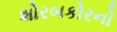
શોરબકોરનો